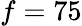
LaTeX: f=75